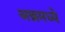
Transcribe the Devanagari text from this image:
अन्नमध्ये